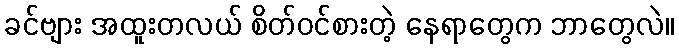
ခင်ဗျား အထူးတလယ် စိတ်ဝင်စားတဲ့ နေရာတွေက ဘာတွေလဲ။